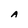
Character: A